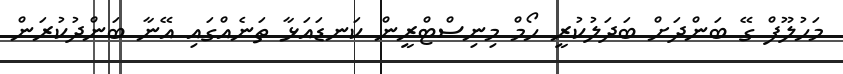
މަހުލޫފް ގޭ ބަންދަށް ބަދަލުކުރީ ހޯމް މިނިސްޓްރީން ކަނޑައަޅާ ތަނެއްގައި އޭނާ ބަންދުކުރަން